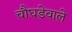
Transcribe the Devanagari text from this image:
चौघडेवाले